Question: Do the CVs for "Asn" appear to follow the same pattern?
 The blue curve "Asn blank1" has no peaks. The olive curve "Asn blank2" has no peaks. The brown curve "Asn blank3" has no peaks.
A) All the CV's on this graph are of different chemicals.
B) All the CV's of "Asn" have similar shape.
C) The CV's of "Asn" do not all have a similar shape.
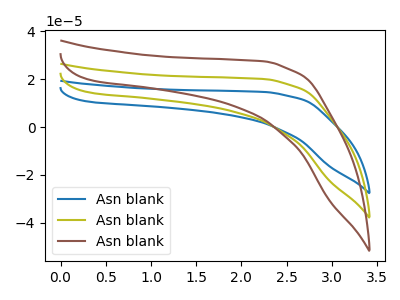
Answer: <think>Neither "Asn blank1" or "Asn blank2" have any peaks. Neither "Asn blank1" or "Asn blank3" have any peaks. Neither "Asn blank2" or "Asn blank3" have any peaks.
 </think>
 <answer>B) All the CV's of "Asn" have similar shape.</answer>
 <eval>B</eval>